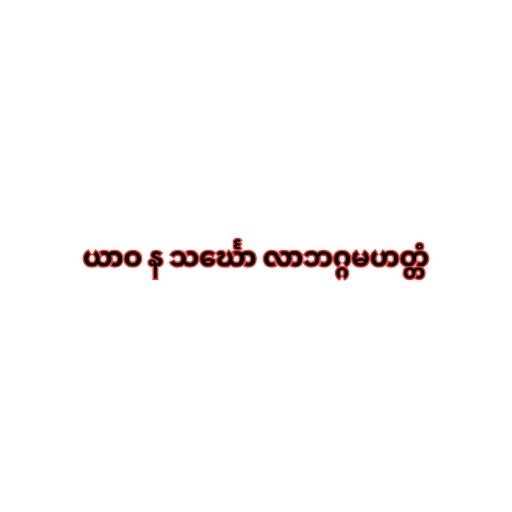
ယာဝ န သင်္ဃော လာဘဂ္ဂမဟတ္တံ